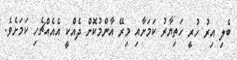
ބެލި އިރު ހުރީ ހަތިޔާރު ކަމަށާއި މިރޭ އާންމުކޮށް ދެއްކީ އެއެއްޗެހި ކަމަށެވެ.